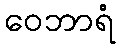
ဝေဘာရံ